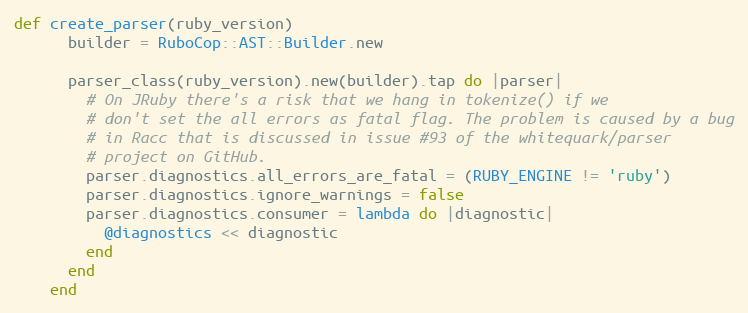
Language: Ruby
def create_parser(ruby_version)
      builder = RuboCop::AST::Builder.new

      parser_class(ruby_version).new(builder).tap do |parser|
        # On JRuby there's a risk that we hang in tokenize() if we
        # don't set the all errors as fatal flag. The problem is caused by a bug
        # in Racc that is discussed in issue #93 of the whitequark/parser
        # project on GitHub.
        parser.diagnostics.all_errors_are_fatal = (RUBY_ENGINE != 'ruby')
        parser.diagnostics.ignore_warnings = false
        parser.diagnostics.consumer = lambda do |diagnostic|
          @diagnostics << diagnostic
        end
      end
    end